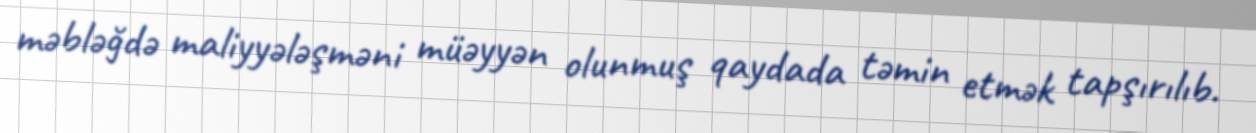
məbləğdə maliyyələşməni müəyyən olunmuş qaydada təmin etmək tapşırılıb.